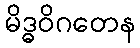
မိဒ္ဓဝိဂတေန